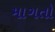
માગતો